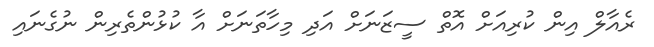
ރެއާލް އިން ކުރިއަށް އޮތް ސީޒަނަށް އަދި މިހާތަނަށް އާ ކުޅުންތެރިން ނުގެނައި